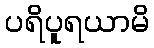
ပရိပူရယာမိ